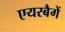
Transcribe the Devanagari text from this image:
एयरबैगें